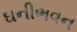
ઘનીભવન